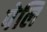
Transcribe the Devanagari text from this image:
पेलि